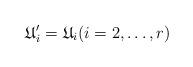
LaTeX: \begin{align*}\mathfrak{U}'_i=\mathfrak{U}_i(i=2,\ldots,r)\end{align*}